Annual report on the health of the army in India
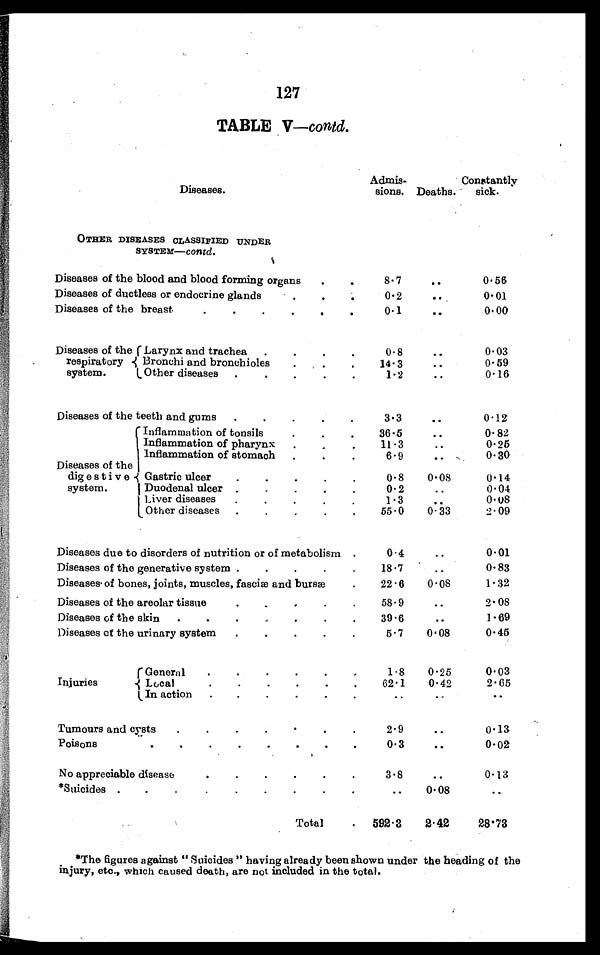
127
TABLE V—contd.
Diseases.
Admis-
sions. Deaths.
Constantly
sick.
OTHER DISEASES CLASSIFIED UNDER
SYSTEM—contd .
Diseases of the blood and blood forming organs . . .
8.7
. .
0.56
Diseases of ductless or endocrine glands
. . .
0.2
. .
0.01
Diseases of the breast . . .
0.1
. . 0.00
Diseases of the
respiratory
system.
Larynx and trachea . . .
0.8
. . 0.03
0 . 5 9
Bronchi and bronchioles . . .
14.3
. .
0.16
O t h e r d i s e a s e s . . .
1 . 2 . .. .
Diseases of the teeth and gums . . .
3.3
. .
0 . 1 2
Diseases of the
digestive
system.
Inflammation of tonsils. . .
36.5
. .
0.82
0.25
Inflammation of pharynx . . .
11.3
. .
0.30
inflammation of stomach . . .
6.9
. .
Gastric ulcer
. . .
0.8
0.08
0.14
Duodenal ulcer . . ..
0.2
. .
0.04
Liver diseases . . .
1.3
. .
0 . 0 8
55.0
0.33
2.09
Other diseases . . .
Diseases due to disorders of nutrition or of metabolism .
0 . 4
. . 0.01
Diseases of the generative system . . .
18.7
. .
0.83
1 . 3 2
Diseases of bones, joints, muscles, fasciæ and bursæ .
22.6
0.08
Diseases of the areolar tissue . . .
58.9
. . 2.08
Diseases of the skin . . .
39.6
. .
1 . 6 9
Diseases of the urinary system . . .
5.7
0.08
0.45
Injuries
General
. . .
1.8
0.25
0.03
L o c a l . . .
62.1
0.42
2.65
In action . . .
. .
. .
. .
Tumours and cysts . . .
2.9
. . 0.13
Poisons . . .
0 . 3
. . 0.02
No appreciable disease. . .
3.8
. . 0.13
*Suicides . . .
. .
0.08
. .
Total . 592.
2.42
2 8 . 7 3
*The figures against "Suicides" having already been shown under the heading of the
injury, etc., which caused death, are not included in the total.